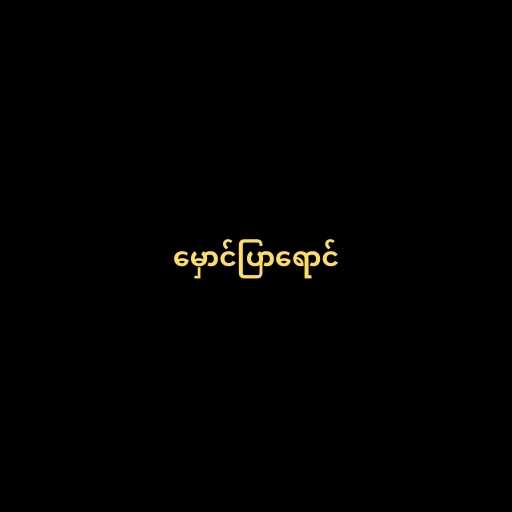
မှောင်ပြာရောင်